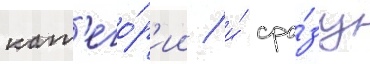
кат'его́р'ии / и́ сра́зу